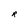
Character: R